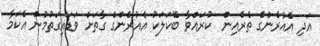
އަދި އެއުރެންގެ ތެރެއިން  ކުރައްވާ ބޭކަލަކު އެއުރެންގެ ގާތަށް ވަޑައިގަތުމުން އެކަމާ